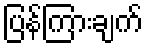
ပြန်ကြားချက်